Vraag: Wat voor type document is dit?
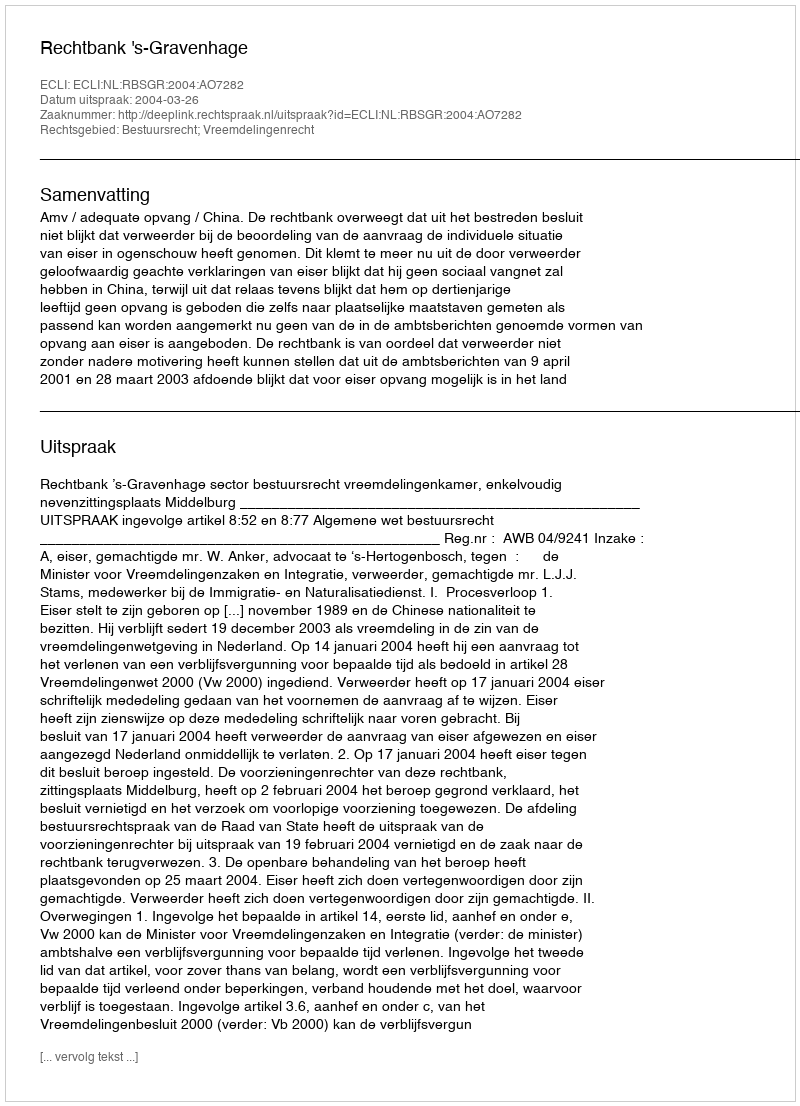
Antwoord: Uitspraak